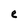
Character: e